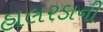
હાલરડાની